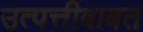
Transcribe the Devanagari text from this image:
उत्पत्तीबाबत